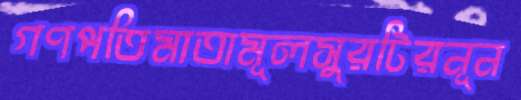
গণপতিমাতামূলসুরটিরনূন